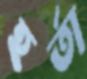
হর্তা